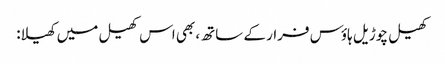
کھیل چوڑیل ہاؤس فرار کے ساتھ، بھی اس کھیل میں کھیلا: